Madras plague regulations and rules - Volume 1
Disease focus: Plague
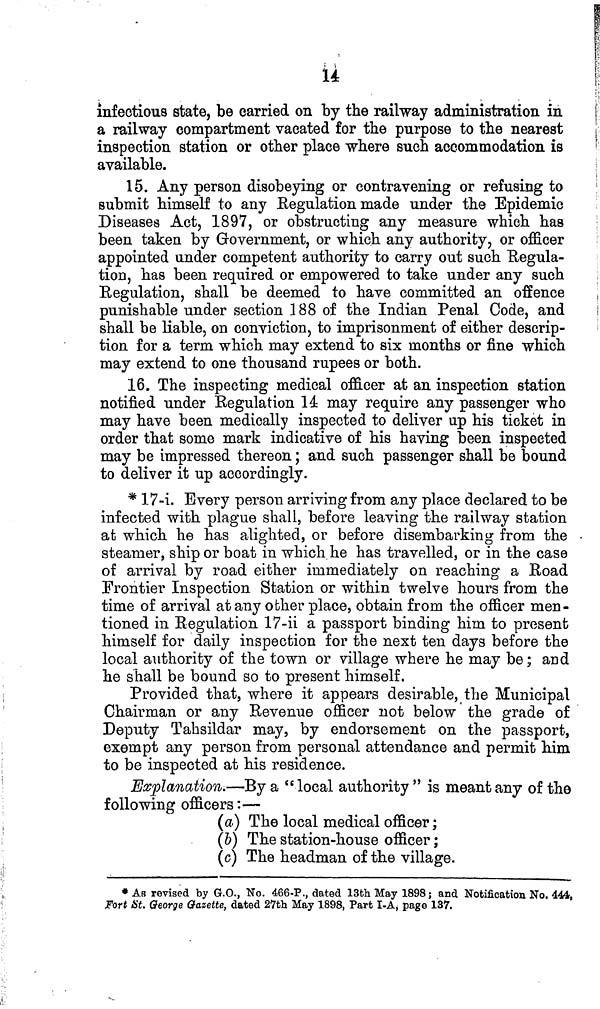
14
infectious state, be carried on by the railway administration in
a railway compartment vacated for the purpose to the nearest
inspection station or other place where such accommodation is
available.
15. Any person disobeying or contravening or refusing to
submit himself to any Regulation made under the Epidemic
Diseases Act, 1897, or obstructing any measure which has
been taken by Government, or which any authority, or officer
appointed under competent authority to carry out such Regula-
tion, has been required or empowered to take under any such
Regulation, shall be deemed to have committed an offence
punishable under section 188 of the Indian Penal Code, and
shall be liable, on conviction, to imprisonment of either descrip-
tion for a term which may extend to six months or fine which
may extend to one thousand rupees or both.
16. The inspecting medical officer at an inspection station
notified under Regulation 14 may require any passenger who
may have been medically inspected to deliver up his ticket in
order that some mark indicative of his having been inspected
may be impressed thereon; and such passenger shall be bound
to deliver it up accordingly.
* 17-i. Every person arriving from any place declared to be
infected with plague shall, before leaving the railway station
at which he has alighted, or before disembarking from the •
steamer, ship or boat in which he has travelled, or in the case
of arrival by road either immediately on reaching a Road
Frontier Inspection Station or within twelve hours from the
time of arrival at any other place, obtain from the officer men-
tioned in Regulation 17-ii a passport binding him to present
himself for daily inspection for the next ten days before the
local authority of the town or village where he may be; and
he shall be bound so to present himself.
Provided that, where it appears desirable, the Municipal
Chairman or any Revenue officer not below the grade of
Deputy Tahsildar may, by endorsement on the passport,
exempt any person from personal attendance and permit him
to be inspected at his residence.
Explanation.—By a "local authority" is meant any of the
following officers:—
(a) The local medical officer;
(b) The station-house officer;
(c) The headman of the village.
* As revised by G.O., No. 466-P., dated 13th May 1898; and Notification No. 444,
Fort St. George Gazette, dated 27th May 1898, Part I-A, page 137.